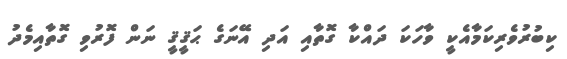
ކިބުރުވެރިކަމާއެކީ ވާހަކަ ދައްކާ ގޮތާއި އަދި އޭނަގެ ޙަޤީޤީ ނަން ފޮރުވި ގޮތާއިމެދު